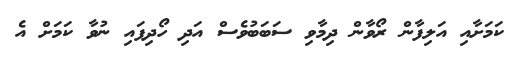
ކަމަށާއި އަލިފާން ރޯވާން ދިމާވި ސަބަބުވެސް އަދި ހޯދިފައި ނުވާ ކަމަށް އެ